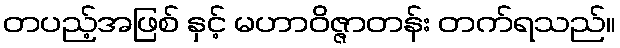
တပည့်အဖြစ် နှင့် မဟာဝိဇ္ဇာတန်း တက်ရသည်။